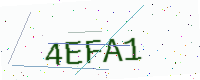
Text: 4EFA1